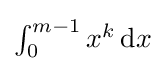
{\textstyle \int _{0}^{m-1}x^{k}\,\mathrm {d} x}